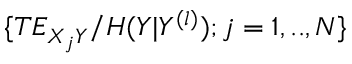
\{ T E _ { X _ { j } Y } / H ( Y | Y ^ { ( l ) } ) ; j = 1 , . . , N \}